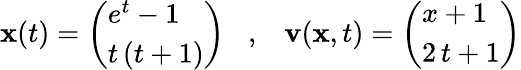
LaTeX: {\mathbf x}(t)=\left(\begin{array}{l}{e^{t}-1}\\ {t\, (t+1)}\end{array}\right)\; \; \; ,\; \; \; {\mathbf v}({\mathbf x},t)=\left(\begin{array}{l}{x+1}\\ {2\, t+1}\end{array}\right)